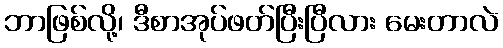
ဘာဖြစ်လို့၊ ဒီစာအုပ်ဖတ်ပြီးပြီလား မေးတာလဲ